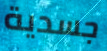
جسدية